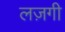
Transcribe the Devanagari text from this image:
लज़गी